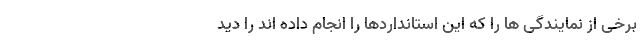
برخی از نمایندگی ها را که این استانداردها را انجام داده اند را دید